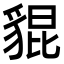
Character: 𧳢